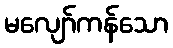
မလျော်ကန်သော